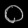
Digit: ၀